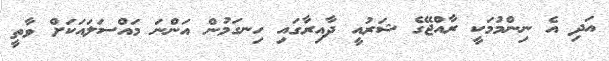
އަދި އެ ނިންމުމަކީ ރާއްޖޭގެ ޝަރުއީ ދާއިރާގައި ހިނގަމުން އަންނަ މައްސަލައަކަށް ވާތީ